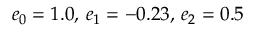
e _ { 0 } = 1 . 0 , \, e _ { 1 } = - 0 . 2 3 , \, e _ { 2 } = 0 . 5